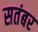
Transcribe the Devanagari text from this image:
सतंबर